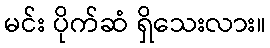
မင်း ပိုက်ဆံ ရှိသေးလား။